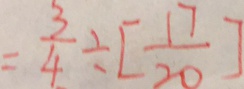
= \frac { 3 } { 4 } \div [ \frac { 1 7 } { 2 0 } ]